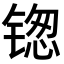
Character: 𬭥